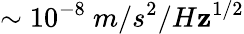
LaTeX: \sim10^{-8}\ m/s^{2}/H\mathbf{z}^{1/2}